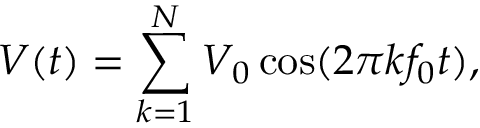
V ( t ) = \sum _ { k = 1 } ^ { N } V _ { 0 } \cos ( 2 \pi k f _ { 0 } t ) ,